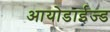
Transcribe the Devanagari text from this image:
आयोडाईज्ड